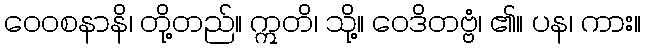
ဝေဝစနာနိ၊ တို့တည်။ ဣတိ၊ သို့။ ဝေဒိတဗ္ဗံ၊ ၏။ ပန၊ ကား။